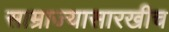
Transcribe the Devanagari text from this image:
साम्राज्यासारखीच